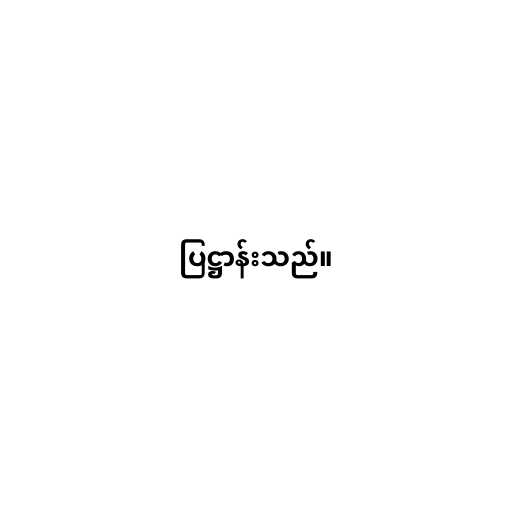
ပြဋ္ဌာန်းသည်။